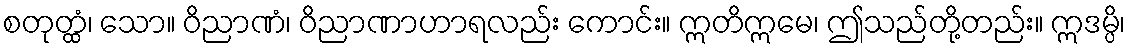
စတုတ္ထံ၊ သော။ ဝိညာဏံ၊ ဝိညာဏာဟာရလည်း ကောင်း။ ဣတိဣမေ၊ ဤသည်တို့တည်း။ ဣဒမ္ပိ၊